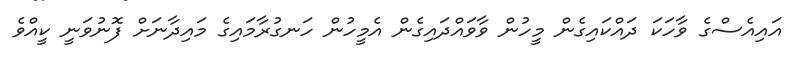
އައިއެސްގެ ވާހަކަ ދައްކައިގެން މީހުން ވާވައްދައިގެން އެމީހުން ހަނގުރާމައިގެ މައިދާނަށް ފޮނުވަނީ ކީއްވެ